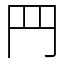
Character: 䍏